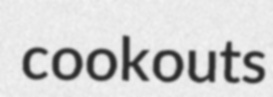
cookouts